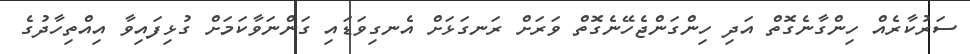
ސަރުކާރެއް ހިންގާނެގޮތް އަދި ހިންގަންޖެހޭނެގޮތް ވަރަށް ރަނގަޅަށް އެނގިވަޑައި ގަންނަވާކަމަށް ގުޅިފައިވާ އިއްތިހާދުގެ